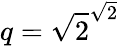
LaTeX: q={\sqrt{2}}^{\sqrt{2}}